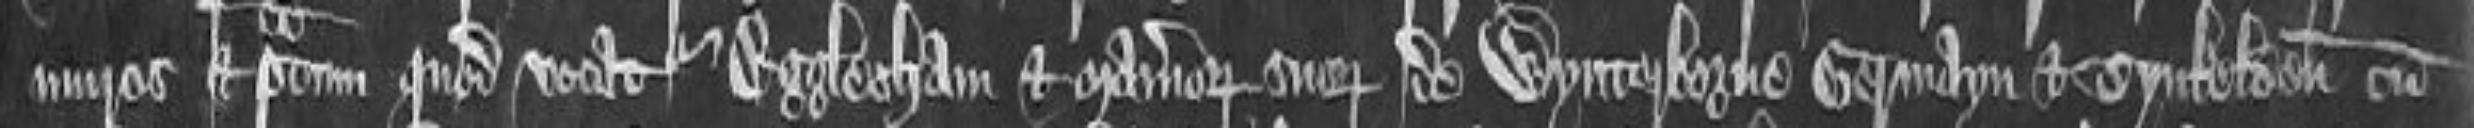
muros et pratum quod vocatur Egglesham et maneriorum suorum de Wynterborne Germayn et Tynkelden cum